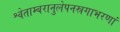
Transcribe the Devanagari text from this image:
श्वेताम्बरानुलेपनस्रगाभरणां